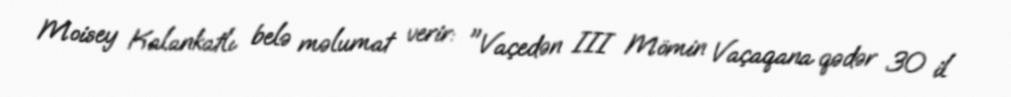
Moisey Kalankatlı belə məlumat verir: "Vaçedən III Mömin Vaçaqana qədər 30 il